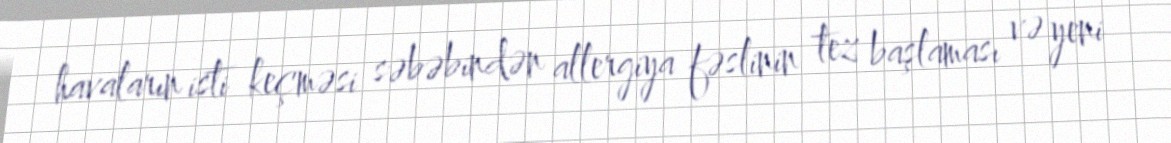
havaların isti keçməsi səbəbindən allergiya fəslinin tez başlaması və yeni